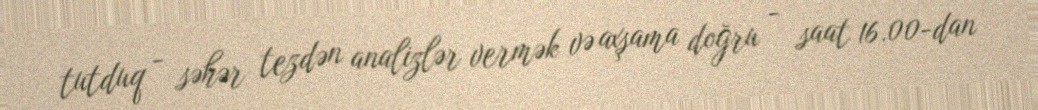
tutduq - səhər tezdən analizlər vermək və axşama doğru - saat 16.00-dan